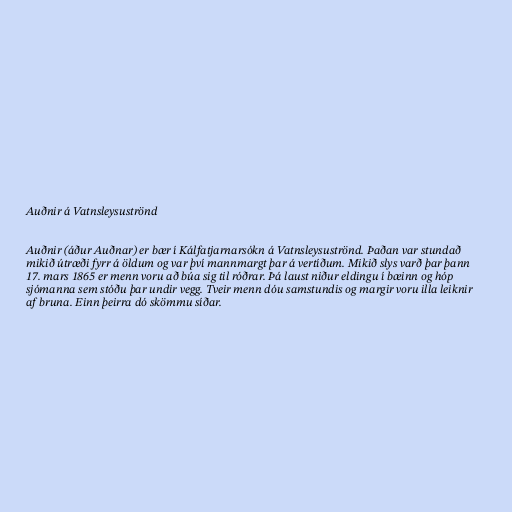
Auðnir á Vatnsleysuströnd

Auðnir (áður Auðnar) er bær í Kálfatjarnarsókn á Vatnsleysuströnd. Þaðan var stundað
mikið útræði fyrr á öldum og var því mannmargt þar á vertíðum. Mikið slys varð þar þann
17. mars 1865 er menn voru að búa sig til róðrar. Þá laust niður eldingu í bæinn og hóp
sjómanna sem stóðu þar undir vegg. Tveir menn dóu samstundis og margir voru illa leiknir
af bruna. Einn þeirra dó skömmu síðar.